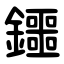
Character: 鑩